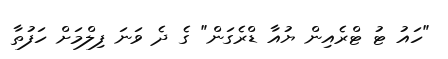
"ހައު ޓު ޓްރެއިން ޔުއާ ޑްރެގަން" ގެ ދެ ވަނަ ފިލްމަށް ހަފުތާ